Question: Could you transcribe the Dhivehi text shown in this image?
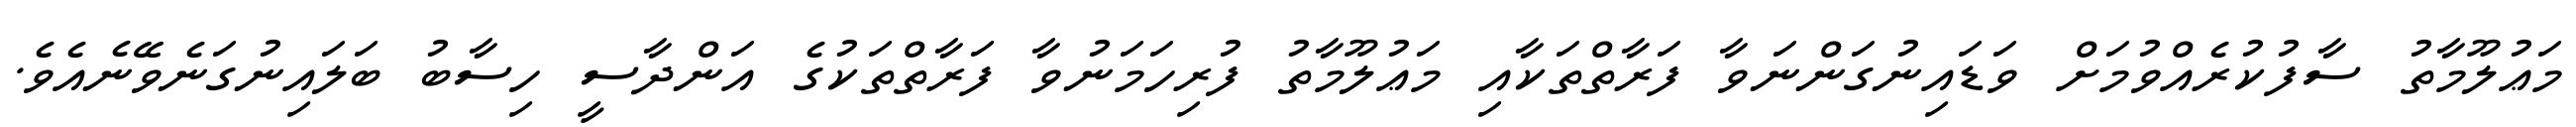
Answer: މަޢުލޫމާތު ސާފުކުރެއްވުމަށް ވަޑައިނުގަންނަވާ ފަރާތްތަކާއި މަޢުލޫމާތު ފުރިހަމަނުވާ ފަރާތްތަކުގެ އަންދާސީ ހިސާބު ބަލައިނުގަނެވޭނެއެވެ.